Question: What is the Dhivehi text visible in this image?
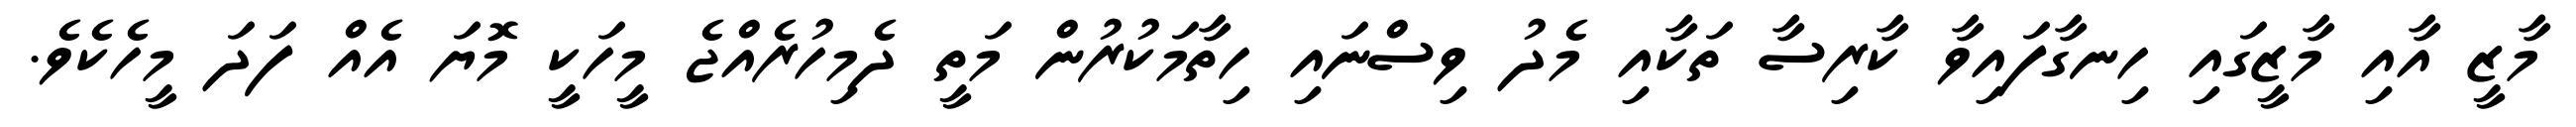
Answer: މާޒީ އާއި މާޒީގައި ހިނގާފައިވާ ކާރިސާ ތަކާއި މެދު ވިސްނައި ހިތާމަކުރުން މަތީ ދެމިހުރެއްޖެ މީހަކީ މޮޔަ އެއް ފަދަ މީހެކެވެ.